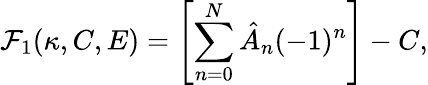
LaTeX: \mathcal{F}_{1}(\kappa,C,E)=\left[\sum_{n=0}^{N}\hat{A}_{n}(-1)^{n}\right]-C,